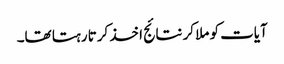
آیات کو ملا کر نتائج اخذ کرتا رہتا تھا۔